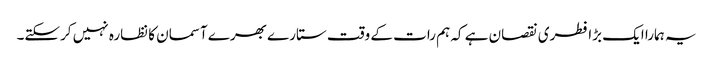
یہ ہمارا ایک بڑا فطری نقصان ہے کہ ہم رات کے وقت ستارے بھرے آسمان کا نظارہ نہیں کرسکتے۔